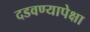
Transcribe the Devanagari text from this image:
दडवण्यापेक्षा